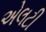
એલટી